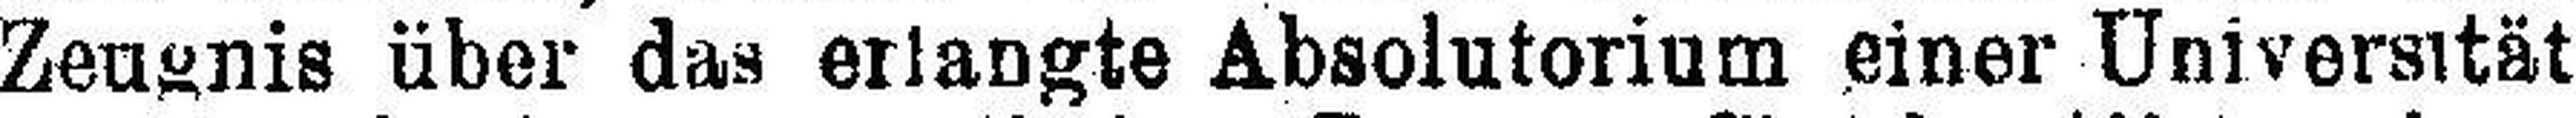
Zeugnis über das erlangte Absolutorium einer Universität